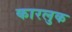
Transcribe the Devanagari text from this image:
कारलुक